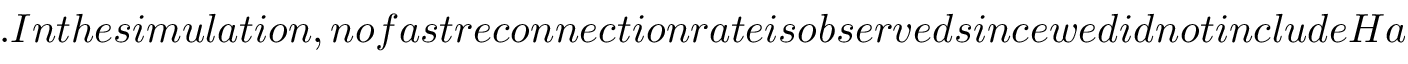
. I n t h e s i m u l a t i o n , n o f a s t r e c o n n e c t i o n r a t e i s o b s e r v e d s i n c e w e d i d n o t i n c l u d e H a l l p h y s i c s . W e a l s o n o t e t h a t t h e r e i s s t r o n g f i r e h o s e - t y p e a n i s o t r o p y (